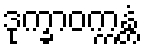
ဒုက္ခာဝက္ကန္တံ